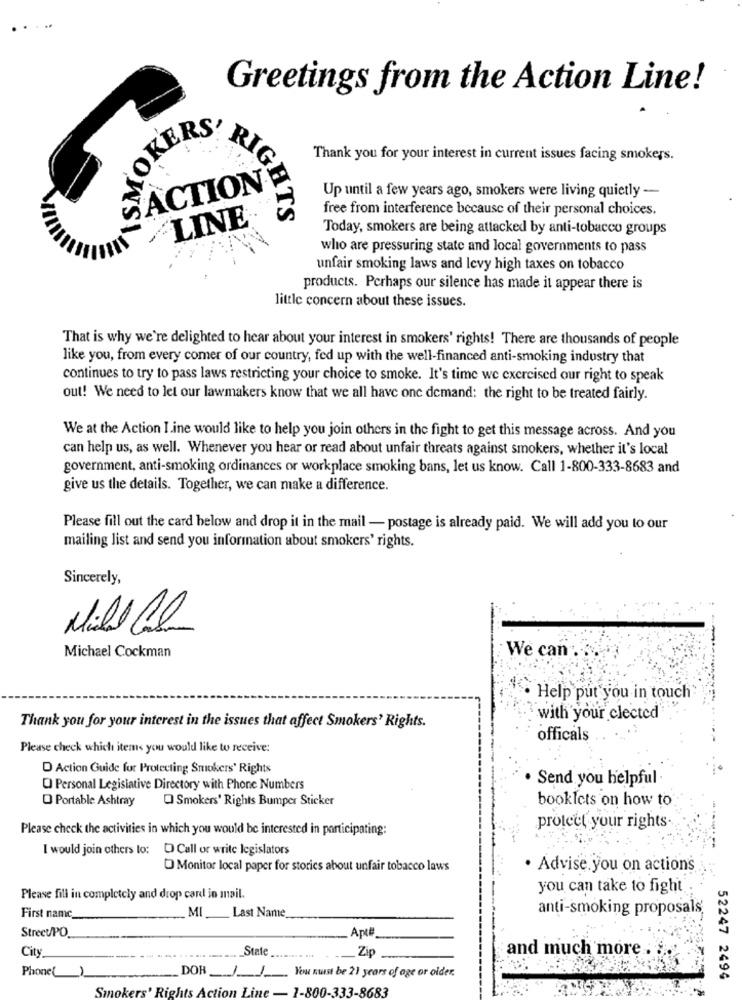
....
Greetings from the Action Line!
OKERS-
Thank you for your interest in current issues facing smokers.
ACTION
Up until a few years ago, smokers were living quietly -
free from interference because of their personal choices.
LINE
RIGHTS
Today, smokers are being attacked by anti-tobacco groups
who are pressuring state and local governments to pass
unfair smoking laws and levy high taxes on tobacco
products. Perhaps our silence has made it appear there is
little concern about these issues.
That is why we're delighted to hear about your interest in smokers' rights! There are thousands of people
like you, from every comer of our country, fed up with the well-financed anti-smoking industry that
continues to try to pass laws restricting your choice to smoke. It's time we exercised our right to speak
out! We need to let our lawmakers know that we all have one demand: the right to be treated fairly.
We at the Action I.ine would like to help you join others in the fight to get this message across. And you
can help us, as well. Whenever you hear or read about unfair threats against smokers, whether it's local
government, anti-smoking ordinances or workplace smoking bans, let us know. Call 1-800-333-8683 and
give us the details. Together, we can make a difference.
Please fill out the card below and drop it in the mail - postage is already paid. We will add you to our
mailing list and send you information about smokers' rights.
Sincerely,
Will Cl
Michael Cockman
We can"
Help put you in touch'
with your clected
Thank you for your interest in the issues that affect Smokers' Rights.
officals
Please check which items you would like to receive:
D Action Guide for Protecting Smokers' Rights
Send you helpful
O Personal Legislative Directory with Phone Numbers
O Portable Ashtray
Q Smokers' Rights Bumper Sticker
booklets on how to
Please check the activities in which you would be interested in participating:
protect your rights.
I would join others to: D Call or write legislators
Monitor local paper for stories about unfair tobacco laws
· Advise you on actions
you can take to fight
Please fill in completely and drop card in mail.
MI
Last Name
anti-smoking proposals
First name
Apt
StreetPO
City
State
Zip
and much more .
-------..
Phone
1
DOR ___ / ____ You must be 21 years of age or older.
52247 2494
Smokers' Rights Action Line - 1-800-333-8683